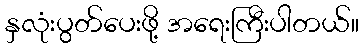
နှလုံးပွတ်ပေးဖို့ အရေးကြီးပါတယ်။